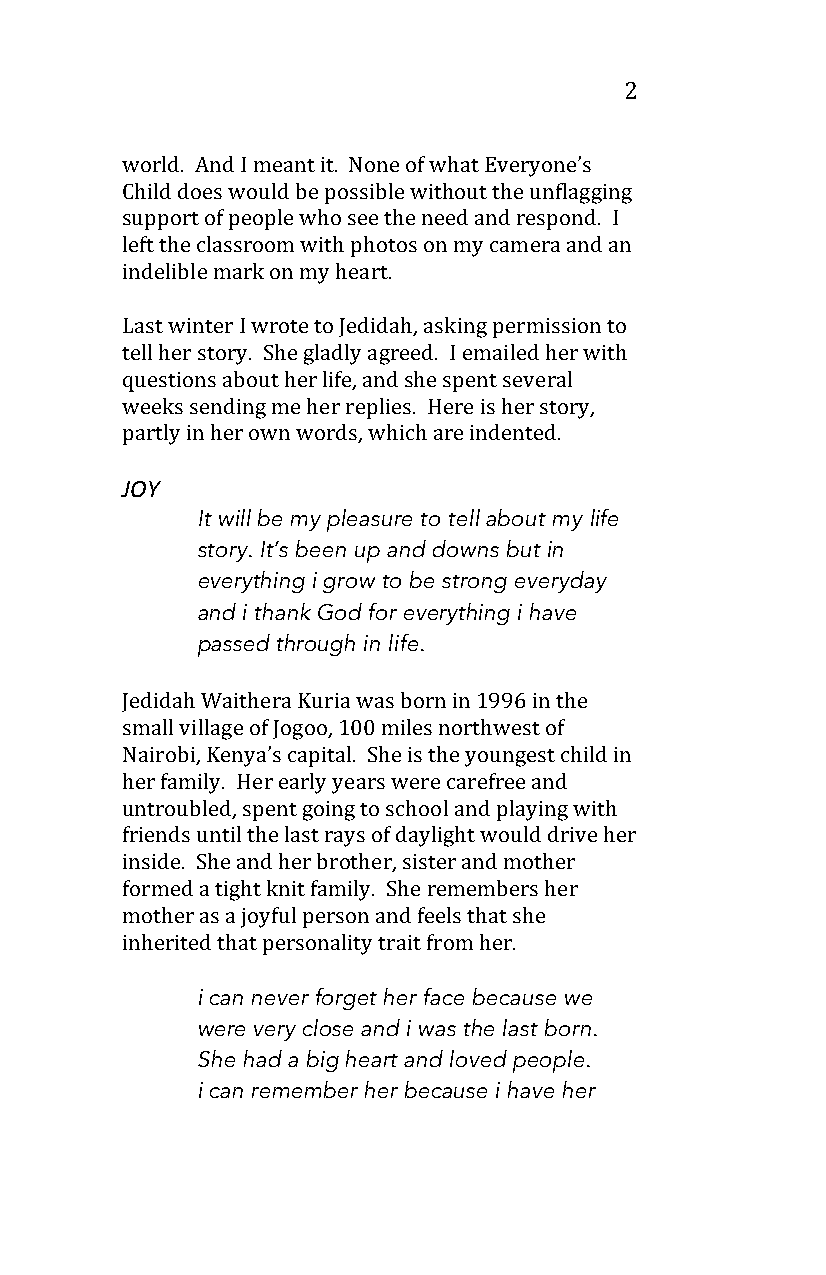
2
 world. And I meant it. None of what Everyone’s
 Child does would be possible without the unflagging
 support of people who see the need and respond. I
 left the classroom with photos on my camera and an
 indelible mark on my heart.
 Last winter I wrote to Jedidah, asking permission to
 tell her story. She gladly agreed. I emailed her with
 questions about her life, and she spent several
 weeks sending me her replies. Here is her story,
 partly in her own words, which are indented.
 JOY
 It will be my pleasure to tell about my life
 story. It’s been up and downs but in
 everything i grow to be strong everyday
 and i thank God for everything i have
 passed through in life.
 Jedidah Waithera Kuria was born in 1996 in the
 small village of Jogoo, 100 miles northwest of
 Nairobi, Kenya’s capital. She is the youngest child in
 her family. Her early years were carefree and
 untroubled, spent going to school and playing with
 friends until the last rays of daylight would drive her
 inside. She and her brother, sister and mother
 formed a tight knit family. She remembers her
 mother as a joyful person and feels that she
 inherited that personality trait from her.
 i can never forget her face because we
 were very close and i was the last born.
 She had a big heart and loved people.
 i can remember her because i have her